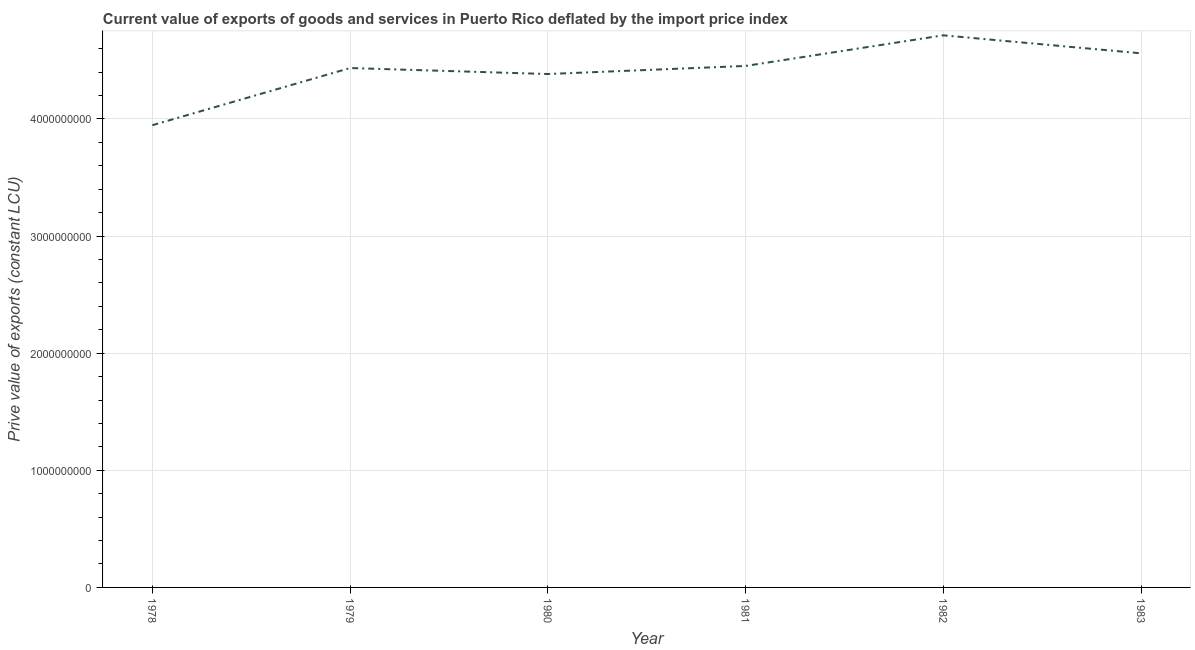
| Year | Exports as a capacity to import (constant LCU) |
 | --- | --- |
 | 1978 | 3.95e+09 |
 | 1979 | 4.43e+09 |
 | 1980 | 4.38e+09 |
 | 1981 | 4.45e+09 |
 | 1982 | 4.71e+09 |
 | 1983 | 4.56e+09 |